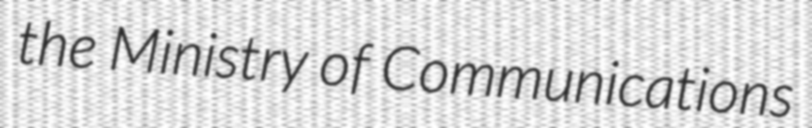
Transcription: the Ministry of Communications